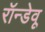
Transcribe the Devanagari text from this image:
रॉन्डेवू